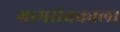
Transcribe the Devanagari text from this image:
ग्रामसेवकाला